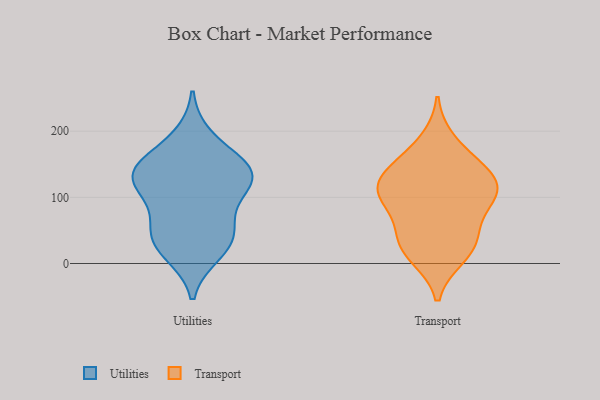
{"axis": {"x": "Budget (USD K)", "y": "Value"}, "legend": ["Transport", "Utilities"], "data": [{"x": "", "y": 151, "type": "Utilities"}, {"x": "", "y": 16, "type": "Utilities"}, {"x": "", "y": 114, "type": "Utilities"}, {"x": "", "y": 190, "type": "Utilities"}, {"x": "", "y": 31, "type": "Utilities"}, {"x": "", "y": 54, "type": "Utilities"}, {"x": "", "y": 147, "type": "Utilities"}, {"x": "", "y": 137, "type": "Utilities"}, {"x": "", "y": 126, "type": "Utilities"}, {"x": "", "y": 64, "type": "Utilities"}, {"x": "", "y": 113, "type": "Utilities"}, {"x": "", "y": 137, "type": "Utilities"}, {"x": "", "y": 33, "type": "Utilities"}, {"x": "", "y": 153, "type": "Transport"}, {"x": "", "y": 101, "type": "Transport"}, {"x": "", "y": 131, "type": "Transport"}, {"x": "", "y": 13, "type": "Transport"}, {"x": "", "y": 98, "type": "Transport"}, {"x": "", "y": 46, "type": "Transport"}, {"x": "", "y": 147, "type": "Transport"}, {"x": "", "y": 94, "type": "Transport"}, {"x": "", "y": 129, "type": "Transport"}, {"x": "", "y": 10, "type": "Transport"}, {"x": "", "y": 102, "type": "Transport"}, {"x": "", "y": 35, "type": "Transport"}, {"x": "", "y": 43, "type": "Transport"}, {"x": "", "y": 114, "type": "Transport"}, {"x": "", "y": 186, "type": "Transport"}]}